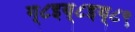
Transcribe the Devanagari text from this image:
ग्८इय्८इय्८९